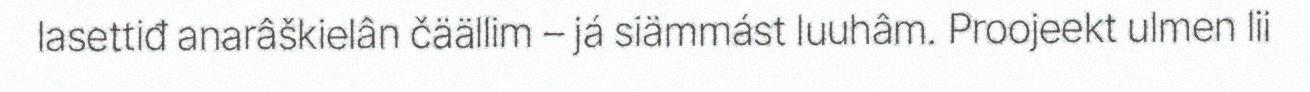
lasettiđ anarâškielân čäällim – já siämmást luuhâm. Proojeekt ulmen lii